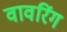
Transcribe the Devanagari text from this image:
वावरिंग